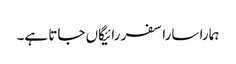
ہمارا سارا سفر رائیگاں جاتا ہے۔